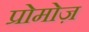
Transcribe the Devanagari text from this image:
प्रोमोज़